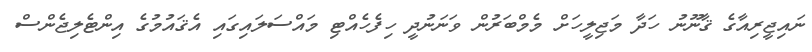
ނައިޖީރިއާގެ ޤާނޫނު ހަދާ މަޖިލީހަށް މެމްބަރުން ވަނަނުދީ ހިފެހެއްޓި މައްސަލައިގައި އެޤައުމުގެ އިންޓެލިޖެންސް